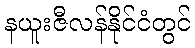
နယူးဇီလန်နိုင်ငံတွင်